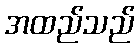
အထည်သည်